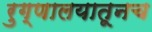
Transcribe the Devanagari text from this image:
रुग्णालयातूनच